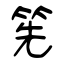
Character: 筅